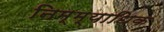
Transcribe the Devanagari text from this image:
निम्म्याधिक